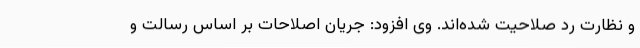
و نظارت رد صلاحیت شده‌اند. وی افزود: جریان اصلاحات بر اساس رسالت و